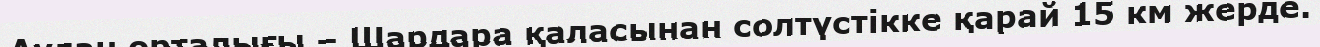
Аудан орталығы – Шардара қаласынан солтүстікке қарай 15 км жерде.